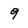
Character: 9